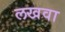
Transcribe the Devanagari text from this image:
लखवा